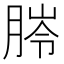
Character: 𦜥